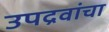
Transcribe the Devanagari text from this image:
उपद्रवांचा